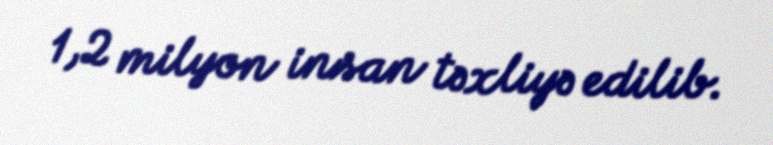
1,2 milyon insan təxliyə edilib.